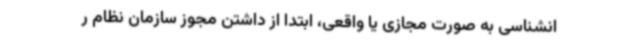
انشناسی به صورت مجازی یا واقعی، ابتدا از داشتن مجوز سازمان نظام ر